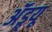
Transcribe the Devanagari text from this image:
ॲंड्र्यू